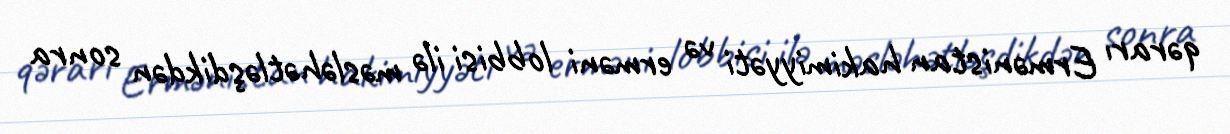
qərarı Ermənistan hakimiyyəti və erməni lobbisi ilə məsləhətləşdikdən sonra